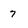
Character: 7